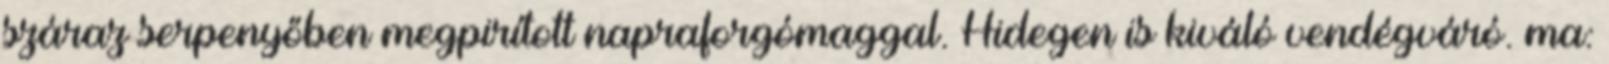
száraz serpenyőben megpirított napraforgómaggal. Hidegen is kiváló vendégváró. ma: